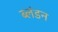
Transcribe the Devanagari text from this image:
ब्लंडन